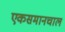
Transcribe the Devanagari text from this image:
एकसमानचाल